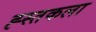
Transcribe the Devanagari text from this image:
ह्स्तकला